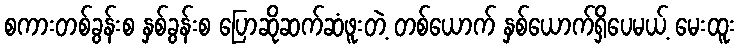
စကားတစ်ခွန်းစ နှစ်ခွန်းစ ပြောဆိုဆက်ဆံဖူးတဲ့ တစ်ယောက် နှစ်ယောက်ရှိပေမယ့် မေးထူး